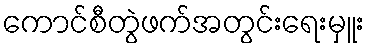
ကောင်စီတွဲဖက်အတွင်းရေးမှူး